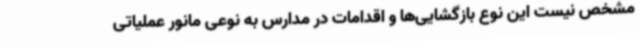
مشخص نیست این نوع بازگشایی‌ها و اقدامات در مدارس به نوعی مانور عملیاتی